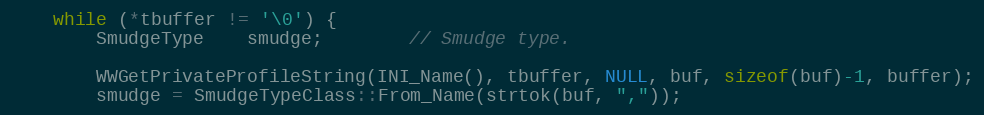
Language: C++
	while (*tbuffer != '\0') {
		SmudgeType	smudge;		// Smudge type.

		WWGetPrivateProfileString(INI_Name(), tbuffer, NULL, buf, sizeof(buf)-1, buffer);
		smudge = SmudgeTypeClass::From_Name(strtok(buf, ","));